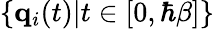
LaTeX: \{ \mathbf{q}_{i}(t)|t\in[0,\hbar\beta]\}